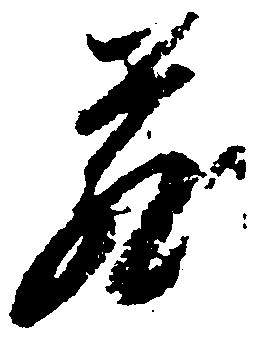
蔵